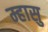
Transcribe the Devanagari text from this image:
म्हासु